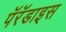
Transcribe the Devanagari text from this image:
पॅरॅडाइस